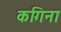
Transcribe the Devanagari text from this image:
कगिना